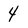
Character: 4